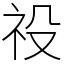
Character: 祋